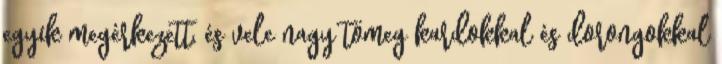
egyik megérkezett, és vele nagy tömeg kardokkal és dorongokkal